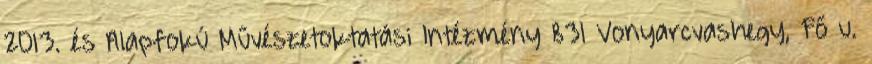
2013. és Alapfokú Művészetoktatási Intézmény 831 Vonyarcvashegy, Fő u.